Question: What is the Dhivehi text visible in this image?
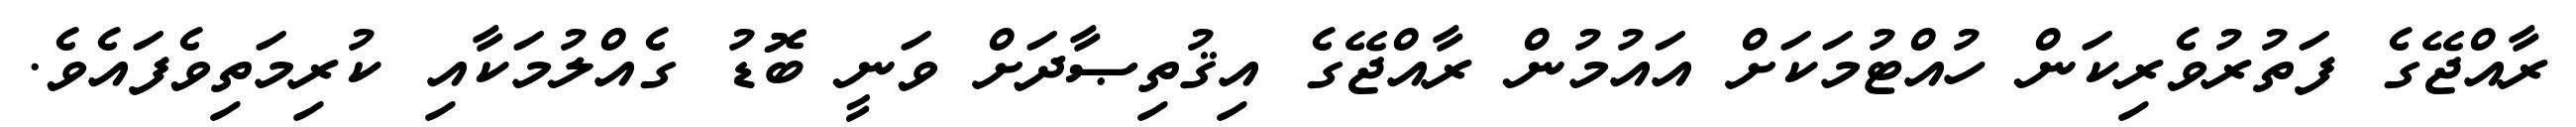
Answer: ރާއްޖޭގެ ފަތުރުވެރިކަން ހުއްޓުމަކަށް އައުމުން ރާއްޖޭގެ އިޤުތިޞާދަށް ވަނީ ބޮޑު ގެއްލުމަކާއި ކުރިމަތިވެފައެވެ.